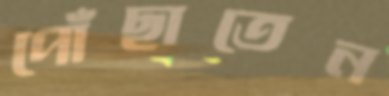
পোঁছাতেন